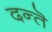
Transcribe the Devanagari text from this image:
दन्तॆ